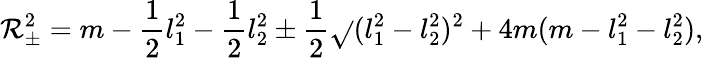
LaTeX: \mathcal{R}_{\pm}^{2}=m-{\frac{{1}}{{2}}}l_{1}^{2}-{\frac{{1}}{{2}}}l_{2}^{2}\pm{\frac{{1}}{{2}}}\sqrt{}{{(l_{1}^{2}-l_{2}^{2})^{2}+4m(m-l_{1}^{2}-l_{2}^{2})}},